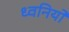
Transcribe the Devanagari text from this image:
ध्‍वनियों